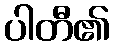
ပါတီ၏